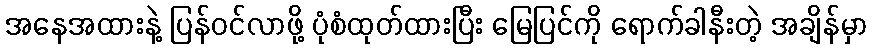
အနေအထားနဲ့ ပြန်ဝင်လာဖို့ ပုံစံထုတ်ထားပြီး မြေပြင်ကို ရောက်ခါနီးတဲ့ အချိန်မှာ